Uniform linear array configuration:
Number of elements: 8
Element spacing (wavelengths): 0.25
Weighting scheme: hamming
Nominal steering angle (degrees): -45
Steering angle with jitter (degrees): -44.828
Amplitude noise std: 0.05
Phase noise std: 0.05

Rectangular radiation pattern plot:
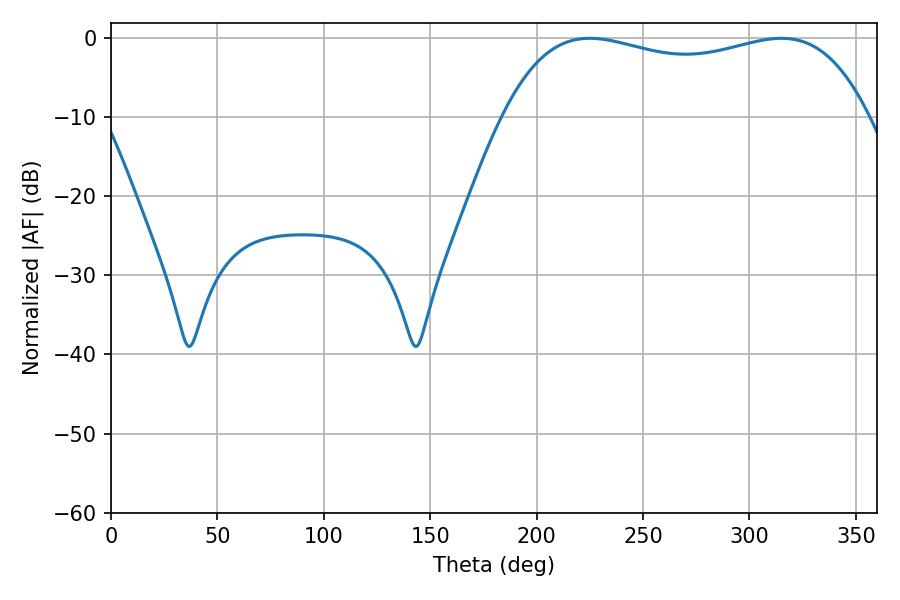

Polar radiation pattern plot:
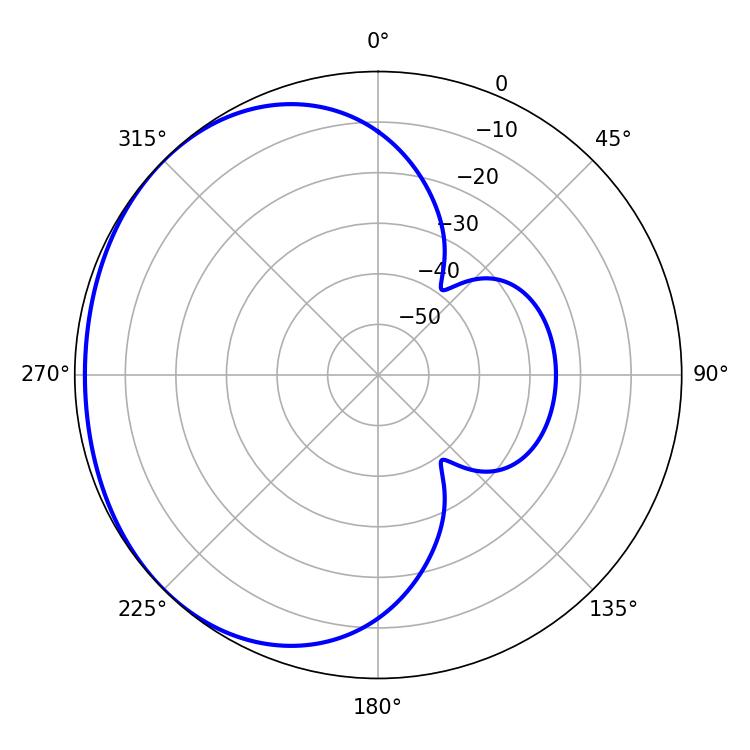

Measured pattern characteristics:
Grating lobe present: FALSE
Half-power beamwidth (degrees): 139.32
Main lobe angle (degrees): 225